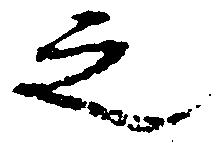
之